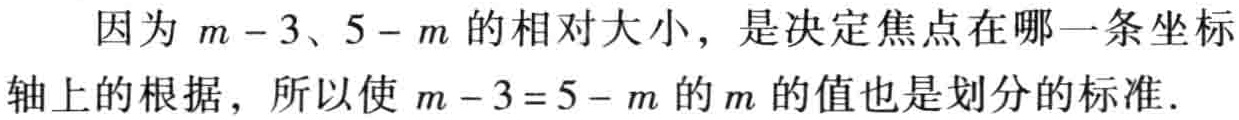
因为 \(m - 3\)、\(5 - m\) 的相对大小，是决定焦点在哪一条坐标轴上的根据，所以使 \(m - 3=5 - m\) 的 \(m\) 的值也是划分的标准.